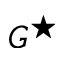
G ^ { \star }